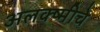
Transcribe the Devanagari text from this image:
अलक्ष्मीचे